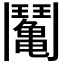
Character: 𩰘